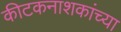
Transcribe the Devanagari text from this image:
कीटकनाशकांच्या